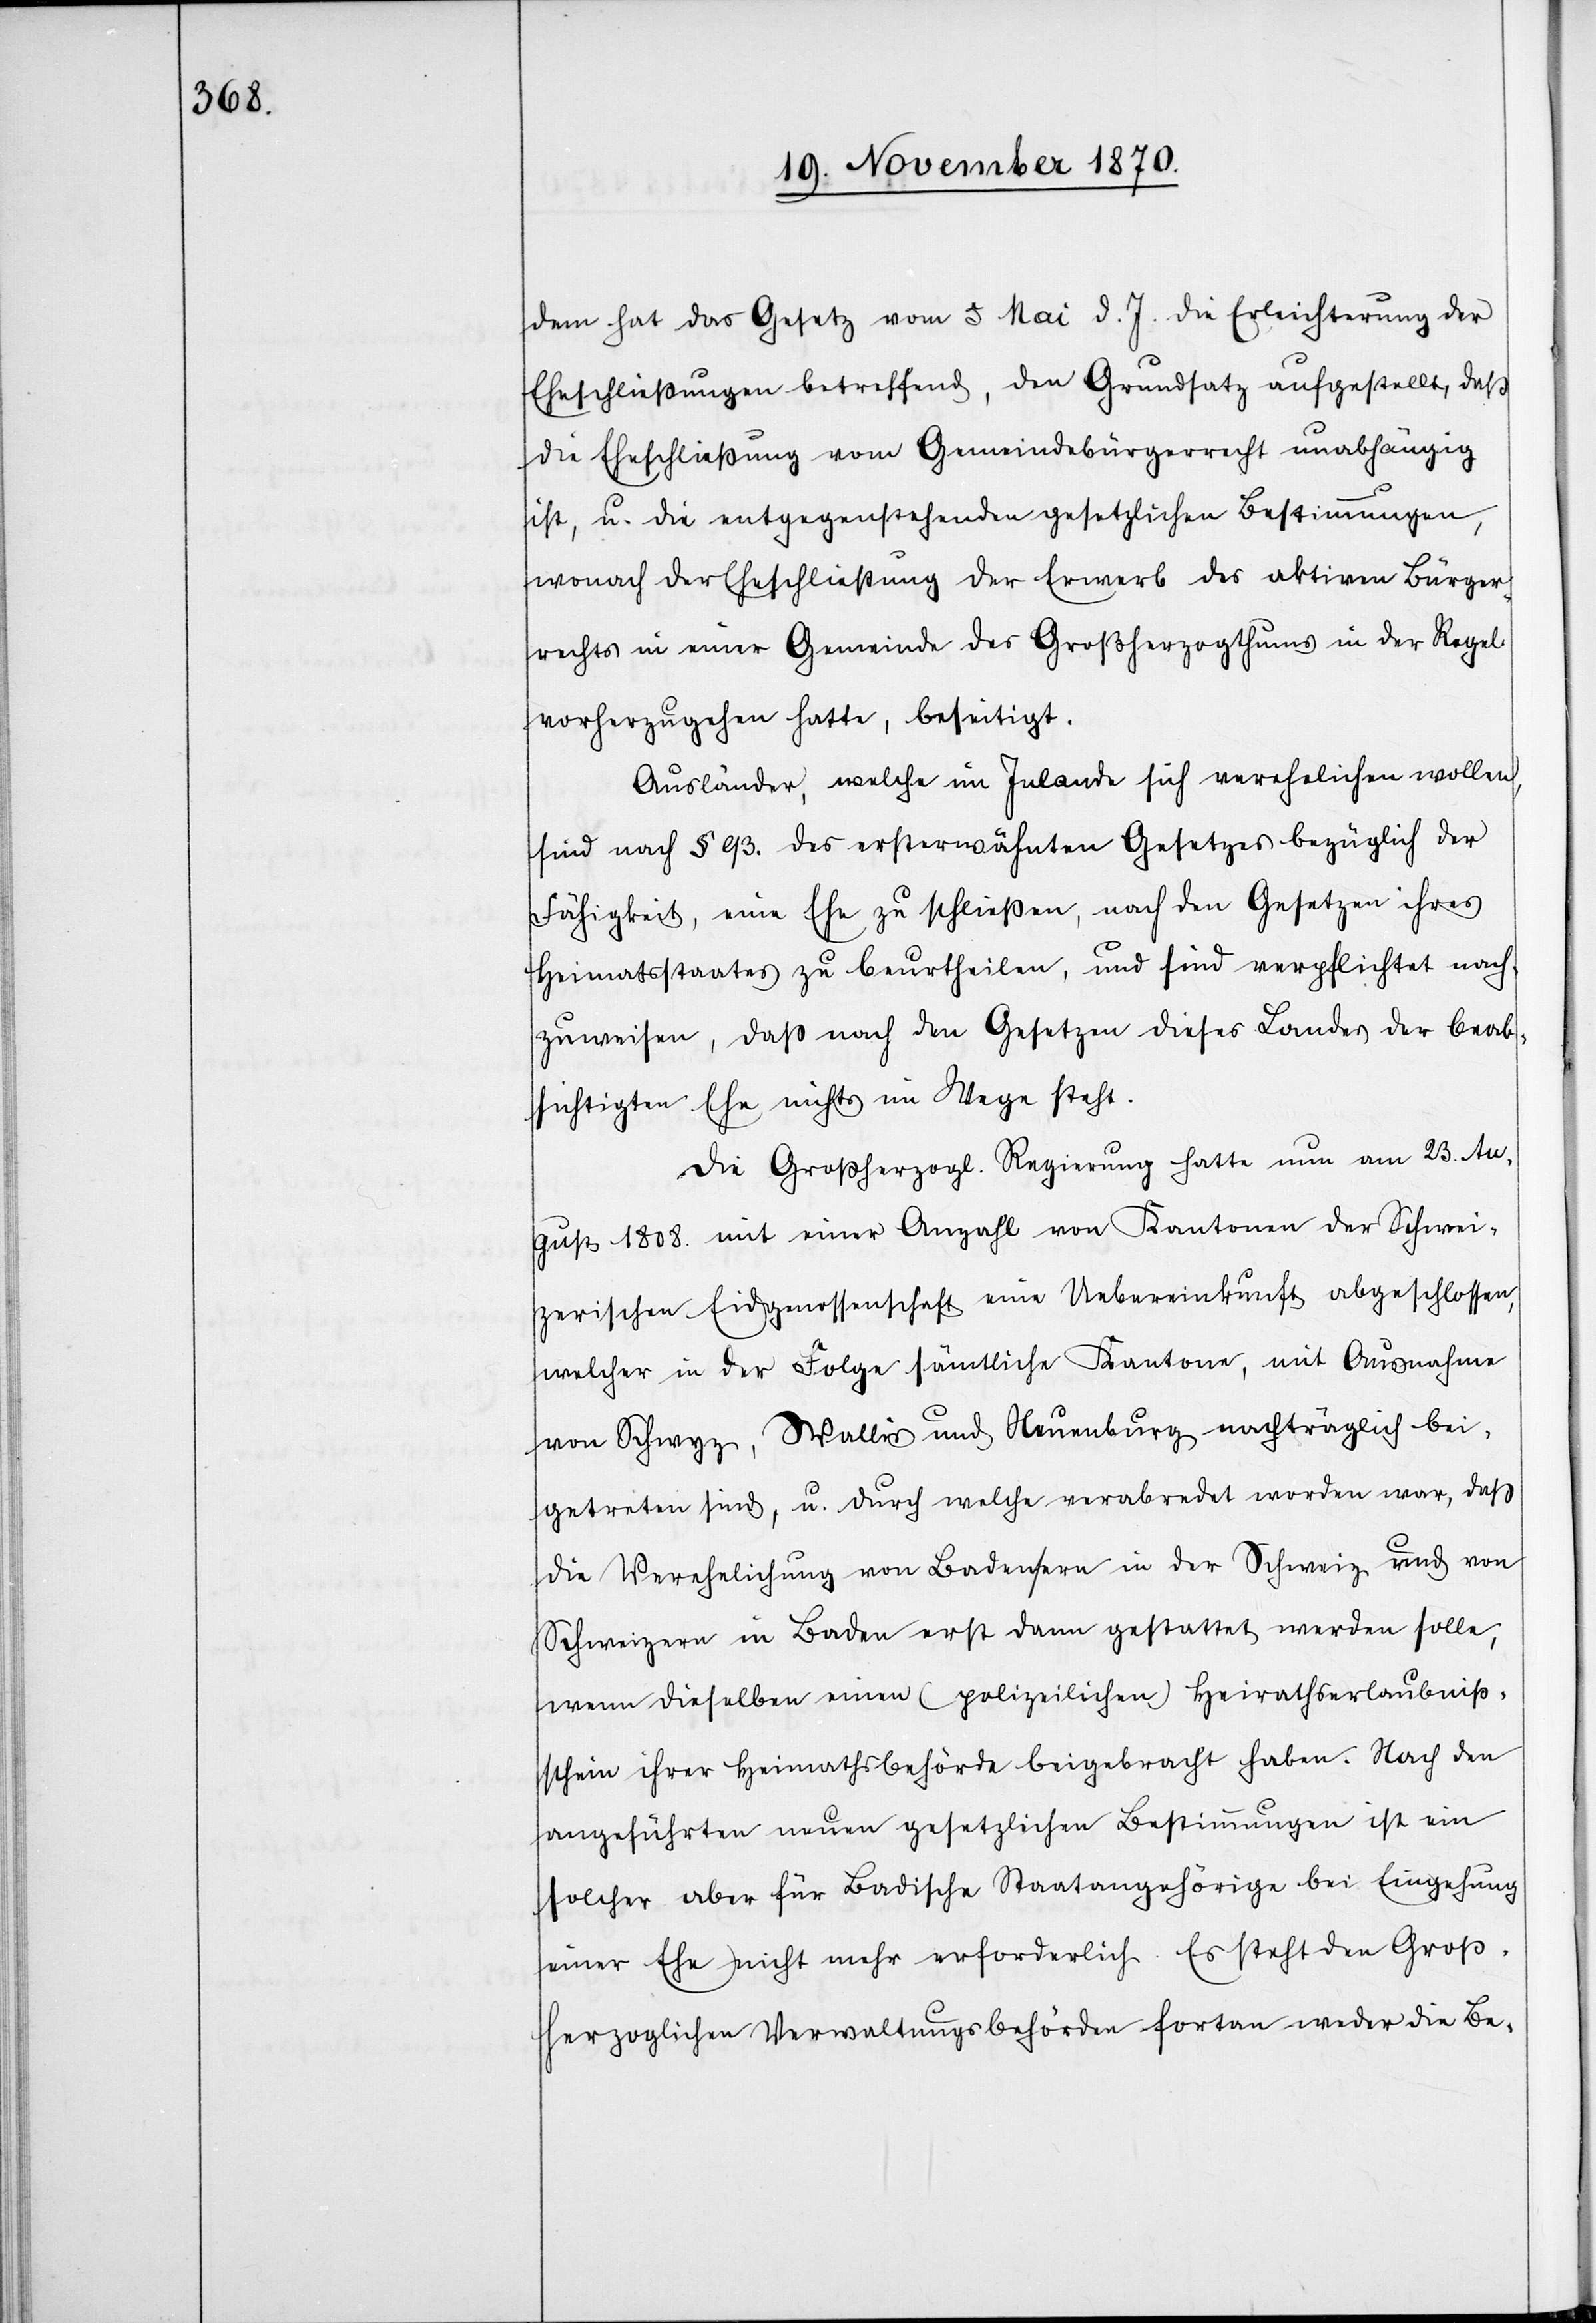
dem hat das Gesetz vom 4. Mai d. J. die Erleichterung der
Eheschließungen betreffend, den Grundsatz aufgestellt, daß
die Eheschließung vom Gemeindebürgerrecht unabhängig
ist, u. die entgegenstehenden gesetzlichen Bestimmungen,
wonach der Eheschließung der Erwerb des aktiven Bürger¬
rechtes in einer Gemeinde des Großherzogthums in der Regel
vorherzugehen hatte, beseitigt.
Ausländer, welche im Inlande sich verehelichen wollen,
sind nach § 93. des ersterwähnten Gesetzes bezüglich der
Fähigkeit, eine Ehe zu schließen, nach den Gesetzen ihres
Heimatstaates zu beurtheilen, und sind verpflichtet nach¬
zuweisen, daß nach den Gesetzen dieses Landes der beab¬
sichtigten Ehe nichts im Wege steht.
Die Großherzogl. Regierung hatte nun am 23. Au¬
gust 1808 mit einer Anzahl von Kantonen der Schwei¬
zerischen Eidgenossenschaft eine Uebereinkunft abgeschlossen,
welcher in der Folge sämtliche Kantone, mit Ausnahme
von Schwyz, Wallis und Neuenburg nachträglich bei¬
getreten sind, u. durch welche verabredet worden war, daß
die Verehelichung von Badenern in der Schweiz und von
Schweizern in Baden erst dann gestattet werden solle,
wenn dieselben einen (polizeilichen) Heirathserlaubniß¬
schein ihrer Heimathsbehörde beigebracht haben. Nach den
angeführten neuen gesetzlichen Bestimmungen ist ein
solcher aber für Badische Staatangehörige bei Eingehung
einer Ehe nicht mehr erforderlich. Es steht den Groß¬
herzoglichen Verwaltungsbehörden fortan weder die Be-